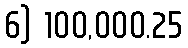
6) 100,000.25